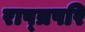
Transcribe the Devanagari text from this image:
राष्त्रपरि